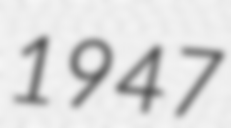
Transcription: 1947